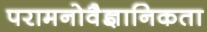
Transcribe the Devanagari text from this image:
परामनोवैज्ञानिकता